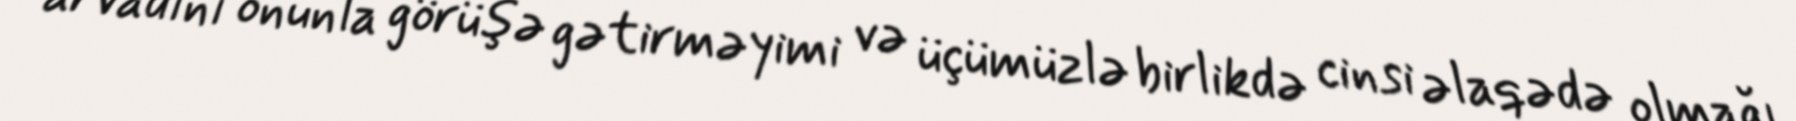
arvadını onunla görüşə gətirməyimi və üçümüzlə birlikdə cinsi əlaqədə olmağı